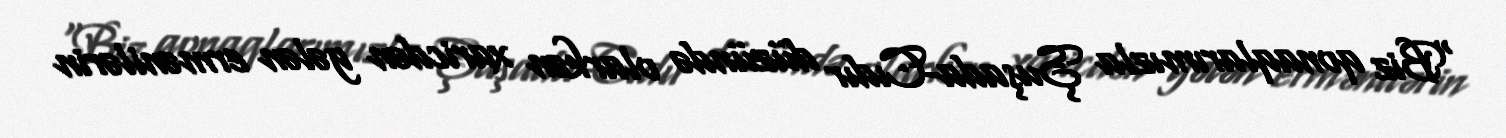
“Biz qonaqlarımızla Şuşada-Cıdır düzündə olarkən xaricdən gələn ermənilərin